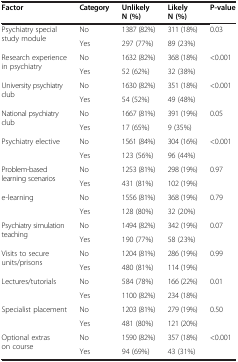
<table><thead><tr><td><b>Factor</b></td><td><b>Category</b></td><td><b>Unlikely N (%)</b></td><td><b>Likely N (%)</b></td><td><b>P-value</b></td></tr></thead><tbody><tr><td rowspan="2">Psychiatry special study module</td><td>No</td><td>1387 (82%)</td><td>311 (18%)</td><td rowspan="2">0.03</td></tr><tr><td>Yes</td><td>297 (77%)</td><td>89 (23%)</td></tr><tr><td rowspan="2">Research experience in psychiatry</td><td>No</td><td>1632 (82%)</td><td>368 (18%)</td><td rowspan="2">&lt;0.001</td></tr><tr><td>Yes</td><td>52 (62%)</td><td>32 (38%)</td></tr><tr><td rowspan="2">University psychiatry club</td><td>No</td><td>1630 (82%)</td><td>351 (18%)</td><td rowspan="2">&lt;0.001</td></tr><tr><td>Yes</td><td>54 (52%)</td><td>49 (48%)</td></tr><tr><td rowspan="2">National psychiatry club</td><td>No</td><td>1667 (81%)</td><td>391 (19%)</td><td rowspan="2">0.05</td></tr><tr><td>Yes</td><td>17 (65%)</td><td>9 (35%)</td></tr><tr><td rowspan="2">Psychiatry elective</td><td>No</td><td>1561 (84%)</td><td>304 (16%)</td><td rowspan="2">&lt;0.001</td></tr><tr><td>Yes</td><td>123 (56%)</td><td>96 (44%)</td></tr><tr><td rowspan="2">Problem-based learning scenarios</td><td>No</td><td>1253 (81%)</td><td>298 (19%)</td><td rowspan="2">0.97</td></tr><tr><td>Yes</td><td>431 (81%)</td><td>102 (19%)</td></tr><tr><td rowspan="2">e-learning</td><td>No</td><td>1556 (81%)</td><td>368 (19%)</td><td rowspan="2">0.79</td></tr><tr><td>Yes</td><td>128 (80%)</td><td>32 (20%)</td></tr><tr><td rowspan="2">Psychiatry simulation teaching</td><td>No</td><td>1494 (82%)</td><td>342 (19%)</td><td rowspan="2">0.07</td></tr><tr><td>Yes</td><td>190 (77%)</td><td>58 (23%)</td></tr><tr><td rowspan="2">Visits to secure units/prisons</td><td>No</td><td>1204 (81%)</td><td>286 (19%)</td><td rowspan="2">0.99</td></tr><tr><td>Yes</td><td>480 (81%)</td><td>114 (19%)</td></tr><tr><td rowspan="2">Lectures/tutorials</td><td>No</td><td>584 (78%)</td><td>166 (22%)</td><td rowspan="2">0.01</td></tr><tr><td>Yes</td><td>1100 (82%)</td><td>234 (18%)</td></tr><tr><td rowspan="2">Specialist placement</td><td>No</td><td>1203 (81%)</td><td>279 (19%)</td><td rowspan="2">0.50</td></tr><tr><td>Yes</td><td>481 (80%)</td><td>121 (20%)</td></tr><tr><td rowspan="2">Optional extras on course</td><td>No</td><td>1590 (82%)</td><td>357 (18%)</td><td rowspan="2">&lt;0.001</td></tr><tr><td>Yes</td><td>94 (69%)</td><td>43 (31%)</td></tr></tbody></table>